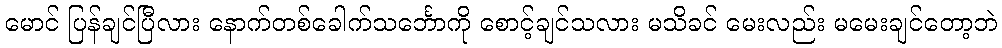
မောင် ပြန်ချင်ပြီလား နောက်တစ်ခေါက်သင်္ဘောကို စောင့်ချင်သလား မသိခင် မေးလည်း မမေးချင်တော့ဘဲ